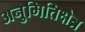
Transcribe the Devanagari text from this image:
अनुमितिक्षेत्र